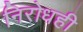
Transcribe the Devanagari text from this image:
निरोधही